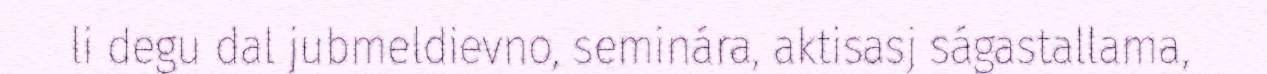
li degu dal jubmeldievno, seminára, aktisasj ságastallama,